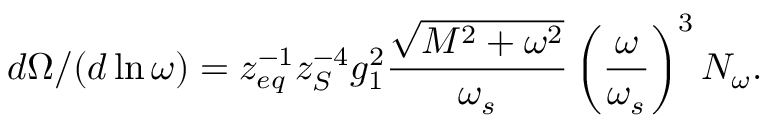
d \Omega / ( d \ln \omega ) = z _ { e q } ^ { - 1 } z _ { S } ^ { - 4 } g _ { 1 } ^ { 2 } \frac { \sqrt { M ^ { 2 } + \omega ^ { 2 } } } { \omega _ { s } } \left( \frac { \omega } { \omega _ { s } } \right) ^ { 3 } N _ { \omega } .